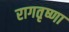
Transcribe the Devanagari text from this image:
रागतृष्णा